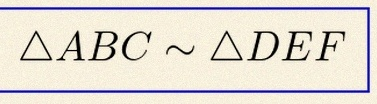
\triangle ABC\sim\triangle DEF